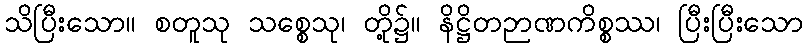
သိပြီးသော။ စတူသု သစ္စေသု၊ တို့၌။ နိဋ္ဌိတဉာဏကိစ္စဿ၊ ပြီးပြီးသော